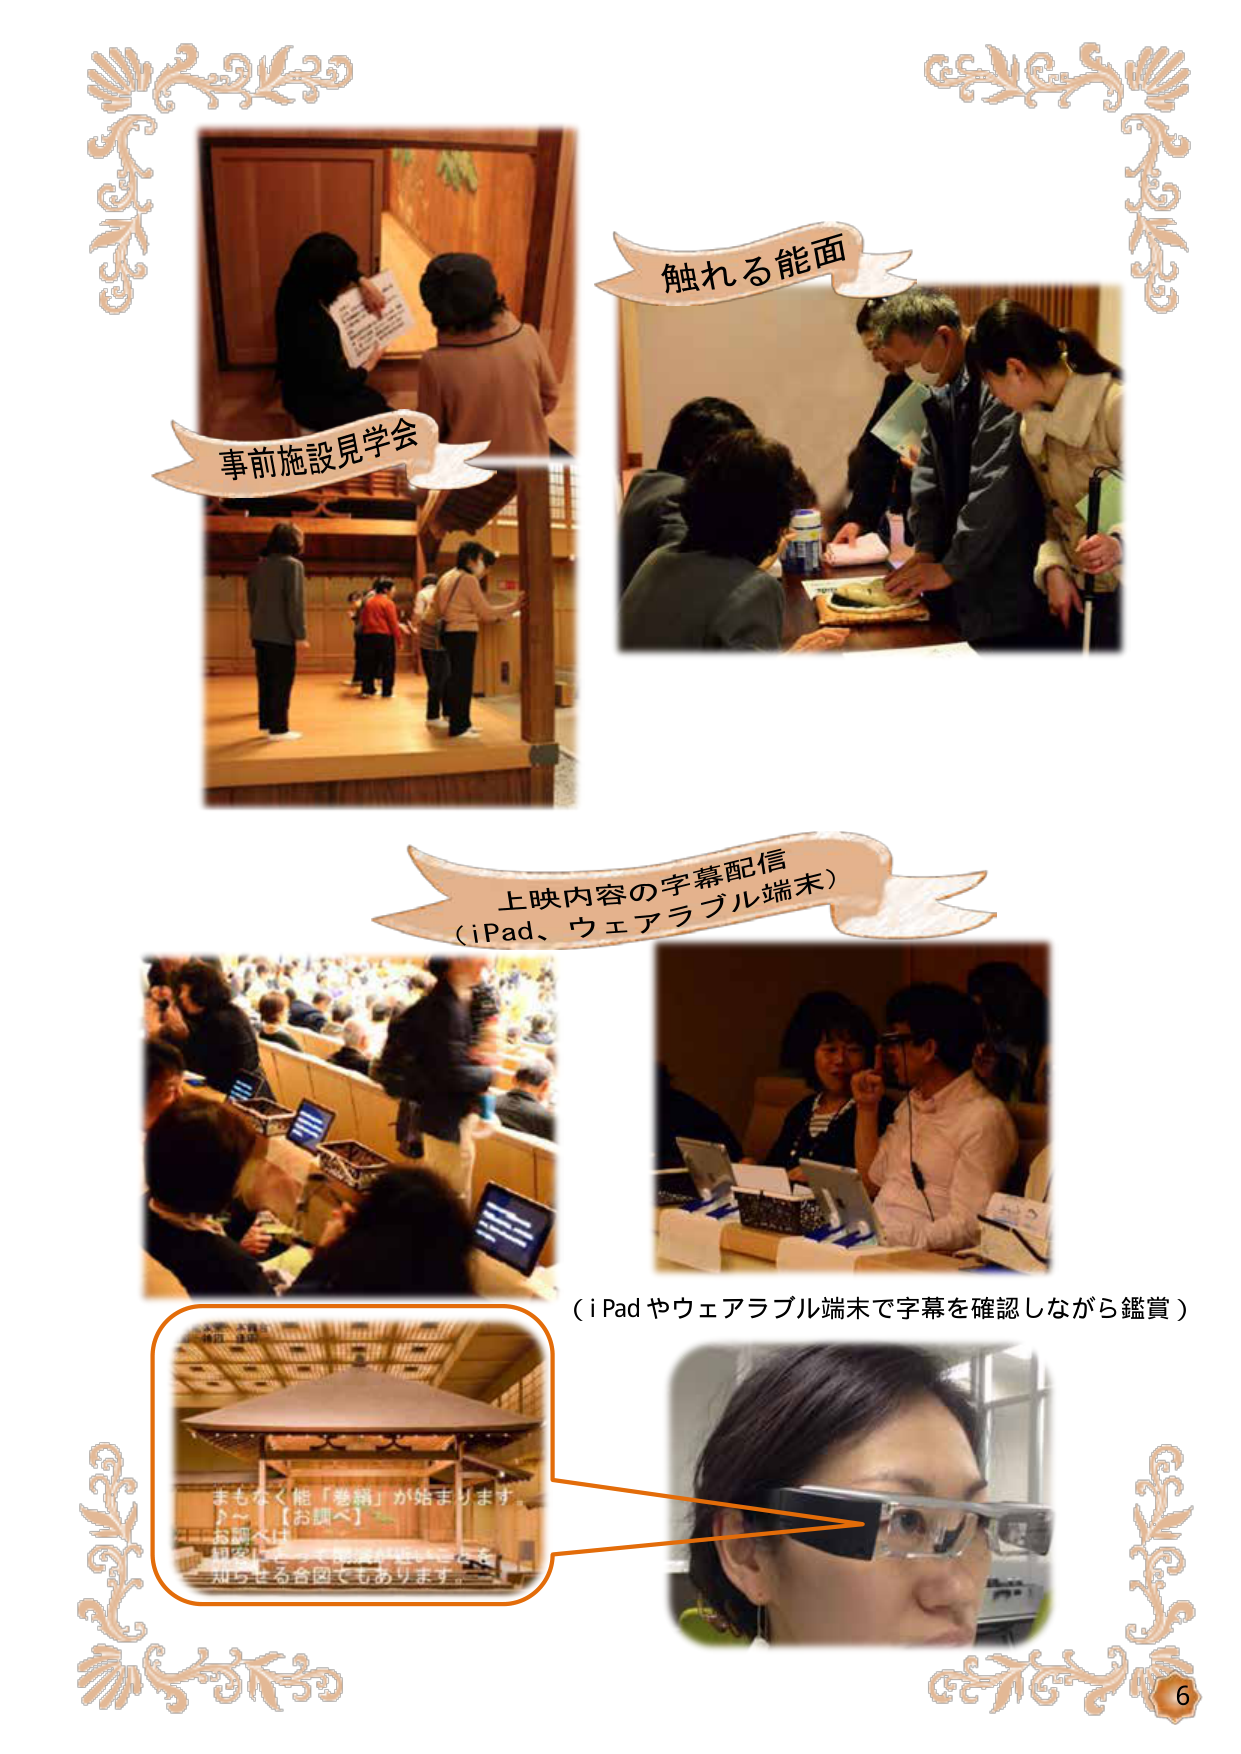
事前施設見学会
触れる能面
上映内容の字幕配信
（iPad、ウェアラブル端末）
（iPadやウェアラブル端末で字幕を確認しながら鑑賞）
まもなく能「巻絹」が始まります。
♪～【お調べ】
お調べは、
観客に今日の能の内容を
知らせる合図でもあります。
6